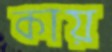
কায়